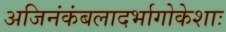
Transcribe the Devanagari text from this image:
अजिनंकंबलादर्भागोकेशाः